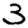
Digit: 3